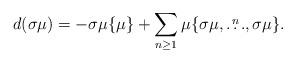
LaTeX: \begin{align*}d(\sigma\mu)&=-\sigma\mu\{\mu\}+\sum_{n\geq 1}\mu\{\sigma\mu,\stackrel{n}{\dots},\sigma\mu\}.\end{align*}